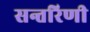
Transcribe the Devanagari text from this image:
सन्तरिणी